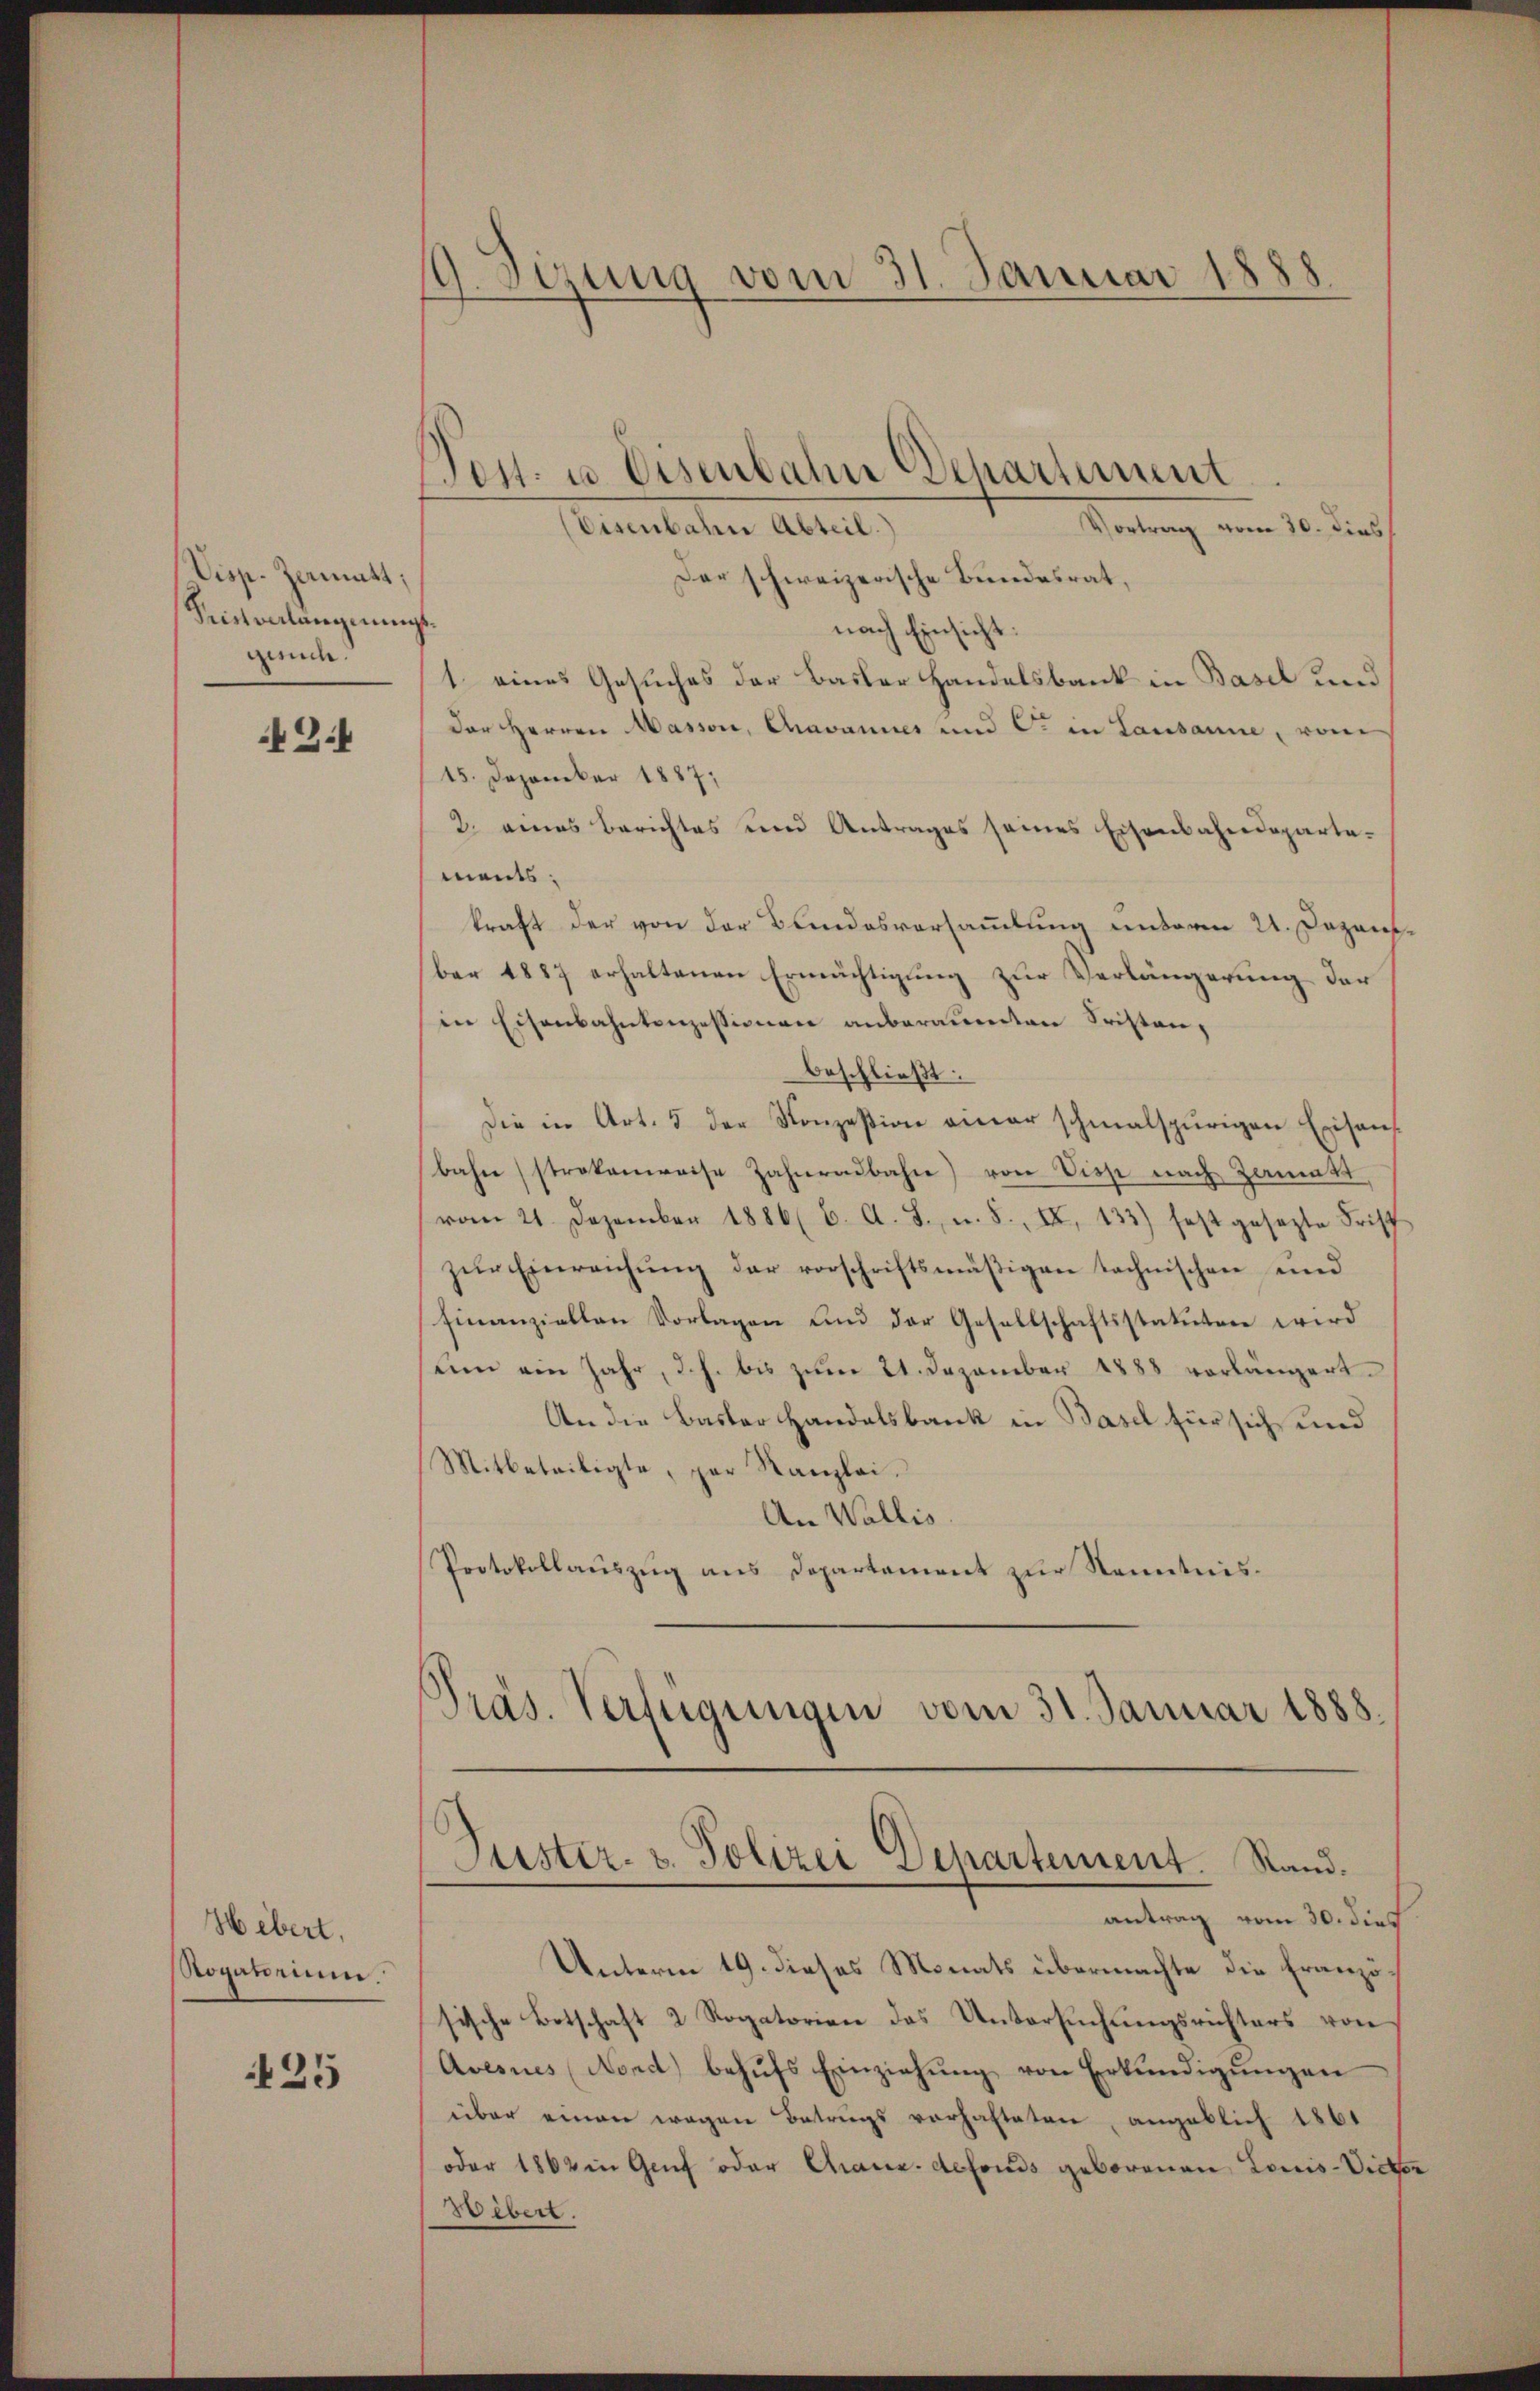
Visp. Zamatt;
Seistverlangungsgunde.

43.

Hebert.
Rogatorium

425

19. Sizung vom 31. Januar 1888.

Eisenbahne Abteil.
Wertung vom 10. dies
Der schweizerische Bundesrat,
nach Einsicht
1. eines Gesuches der Basler Handelsbank in Basel und
der Herren Masser, Chravannes und C. in Lausanne, vom
15. Dezember 1887;
2. eines Berichtes und Antrages seines Eisenbahndeparte-
ments.
kraft der von der Bundesversammlung unterm 21. Dezent.
ber 1887 erhaltenen Ermächtigung zur Verlängerung der
in Eisenbahntenzessionen anberauenten Fristen,
beschließt:
Die in Art. 5 der Konzesion amer schmalspurigen Exisant
bahnstrakanweise Zahnadbahre) von Diese nach Zamakt
(vom 21. Dezember 1886 (6. A. L., u. S., II. 133) festgesezte Frist
zŭr Einreichŭng der vorschriftsmäßigen technischen und
finanziellen Vorlagen und der Gesellschaftsstatuten wird
sum ein Jahr, d. h. bis zŭm 21. Dezember 1888 vorlängert.
An die Basler Handelsbank in Basel für sich und
Mitbeteiligte, par Kanzlei.
An Wallis.
Protokollauszug aus Departement zur Kenntnis¬
Präs. Verfügungen vom 31. Januar 1888.

Puster- u. Polizei Departement. Rand.
antrag vom 30. dies

Post- u Eisenbahn Departement

Unterm 19. dieses Monats übermachte die Französische Botschaft 2 Rogatorien das Untersuchungsrichters von
Avesues (Nond behŭfs Einziehŭng von Erkŭndigŭngen
über einen wegen Betrugs vorhafteten, angeblich 1861
oder 1862 in Genf oder Chaux-defonds geborenen Louis-Vieter
Webert.